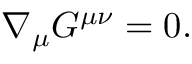
\nabla _ { \mu } G ^ { \mu \nu } = 0 .